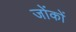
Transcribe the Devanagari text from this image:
जोंकों